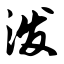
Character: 泼